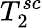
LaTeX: T_{2}^{sc}